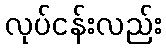
လုပ်ငန်းလည်း